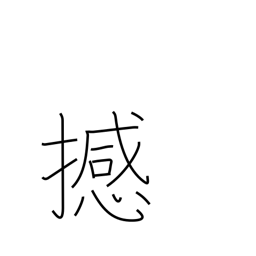
Meaning: move